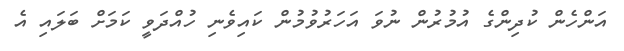
އަންހެން ކުދިންގެ އުމުރުން ނުވަ އަހަރުވުމުން ކައިވެނި ހުއްދަވީ ކަމަށް ބަލައި އެ